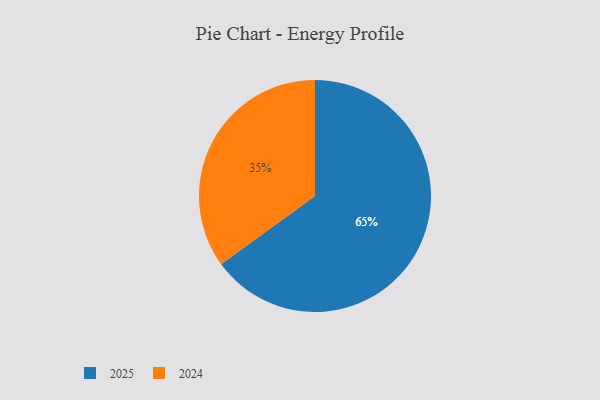
{"axis": {"x": "Category", "y": "Percentage"}, "legend": ["2024", "2025"], "data": [{"x": "2024", "y": 35, "type": "2024"}, {"x": "2025", "y": 65, "type": "2025"}]}